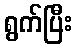
ရွက်ပြီး